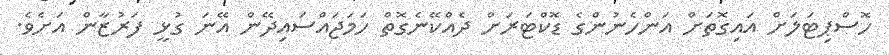
ހޮސްޕިޓަލަށް އައިގޮތަށް އަންހެނުންގެ ޑޮކްޓަރަށް ދެއްކޭނެގޮތް ހަމަޖައްސައިދޭން އޭނަ ގުޅީ ފަރުޒާން އަށެވެ.